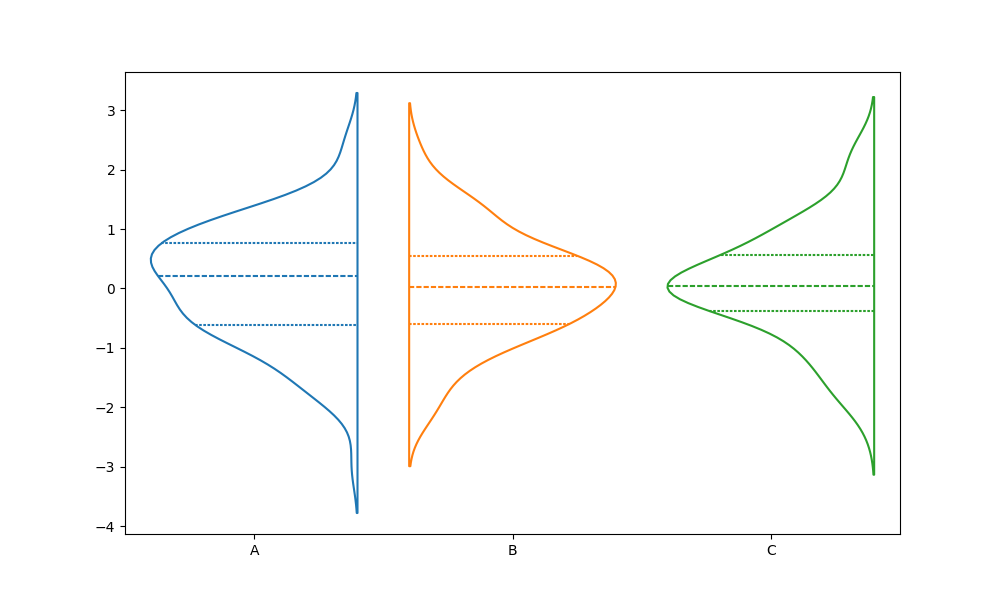
python, seaborn, violinplot, scale='count', split='True', inner='quart', fill='False'